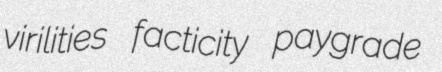
virilities facticity paygrade